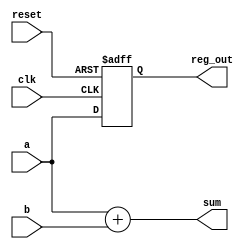
module example_logic (
    input wire clk,          // Clock input
    input wire reset,        // Reset input
    input wire [3:0] a,      // 4-bit input
    input wire [3:0] b,      // 4-bit input
    output reg [4:0] sum,    // 5-bit output for sum
    output reg [3:0] reg_out // 4-bit output for register
);

// Combinational Logic: Calculate the sum of inputs a and b
always @* begin
    sum = a + b; // Continuous assignment based on inputs a and b
end

// Sequential Logic: Register to hold the value of a on clock edge
always @(posedge clk or posedge reset) begin
    if (reset) begin
        reg_out <= 4'b0000; // Reset output to 0
    end else begin
        reg_out <= a; // Capture the value of a on clock edge
    end
end

endmodule